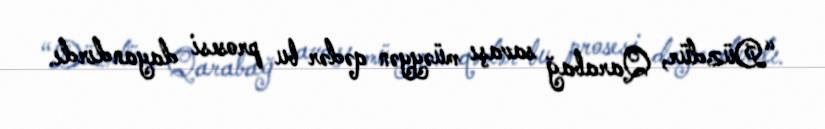
“Düzdür, Qarabağ savaşı müəyyən qədər bu prosesi dayandırdı.